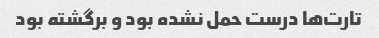
تارت‌ها درست حمل نشده بود و برگشته بود